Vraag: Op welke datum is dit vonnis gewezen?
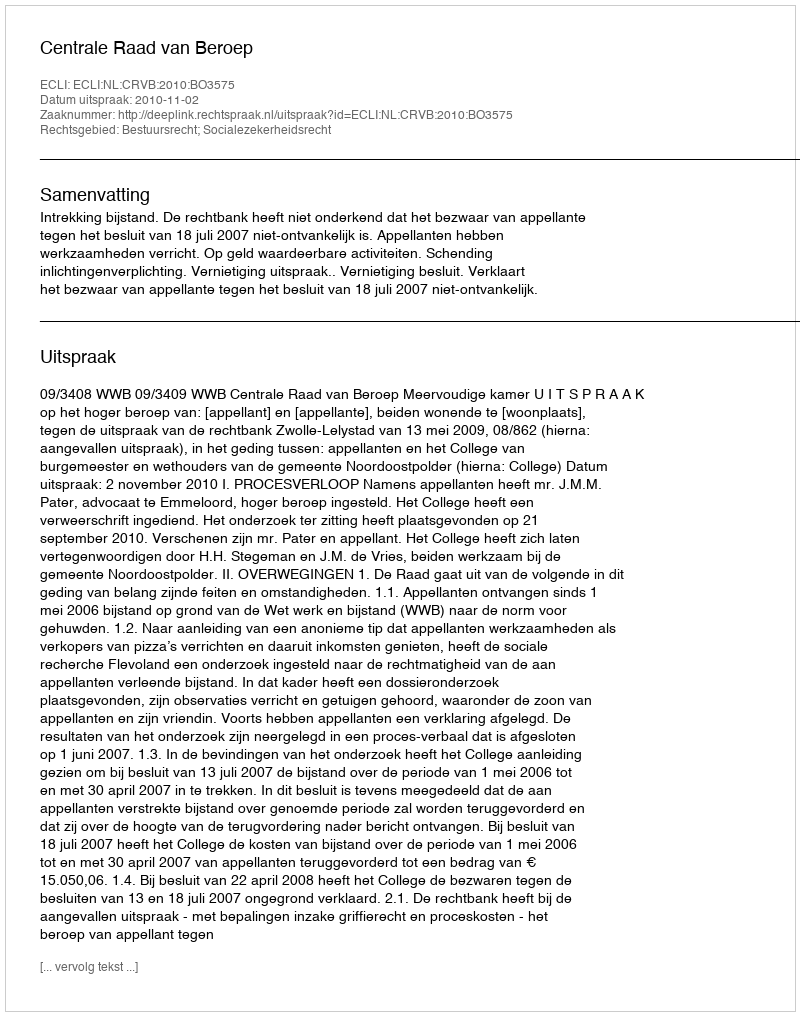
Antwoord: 2010-11-02